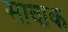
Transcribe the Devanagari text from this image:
सावाक